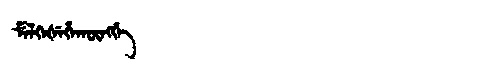
Manchu: ᠮᡝᠯᡴᡝᡧᡝᡥᠠᡴᡡᠩᡤᡝ
Romanization: MELKEŠEHAKŪNGGE